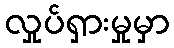
လှုပ်ရှားမှုမှာ